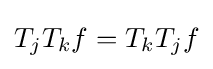
T_{j}T_{k}f=T_{k}T_{j}f